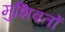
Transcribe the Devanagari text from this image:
मुशिबतों